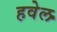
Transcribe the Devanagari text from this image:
हवेल